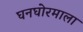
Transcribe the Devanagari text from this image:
घनघोरमाला